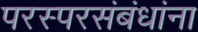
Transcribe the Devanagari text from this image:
परस्परसंबंधांना